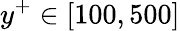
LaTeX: y^{+}\in\left[100,500\right]